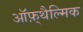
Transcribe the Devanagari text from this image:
ऑफ़्थैल्मिक